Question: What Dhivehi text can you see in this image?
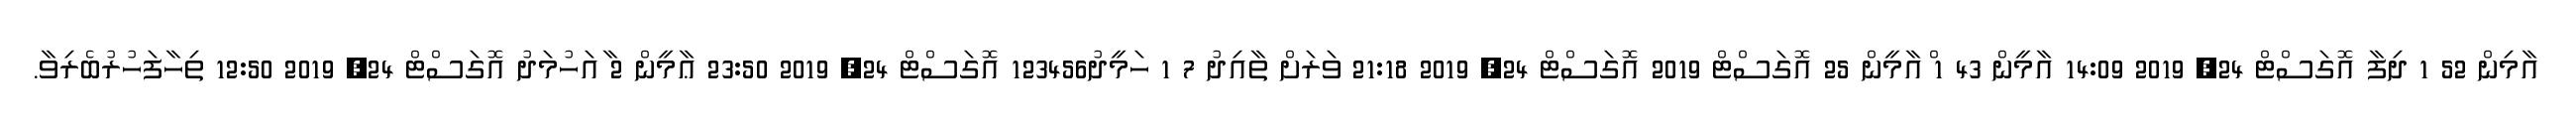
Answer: އާމިން 52 1 ދިފާ އޮގަސްޓް 24, 2019 14:09 އާމީން 43 1 ްއާމީން 25 އޮގަސްޓް 2019 އޮގަސްޓް 24, 2019 21:18 ވަރަށް ތާއިދު 7 1 ހަމީދު123456 އޮގަސްޓް 24, 2019 23:50 ޢާމީން 2 ާއަހުމަދު އޮގަސްޓް 24, 2019 12:50 ތިހާފަހުރުބެރިވާ.